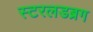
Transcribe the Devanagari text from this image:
स्टरलडब्रग